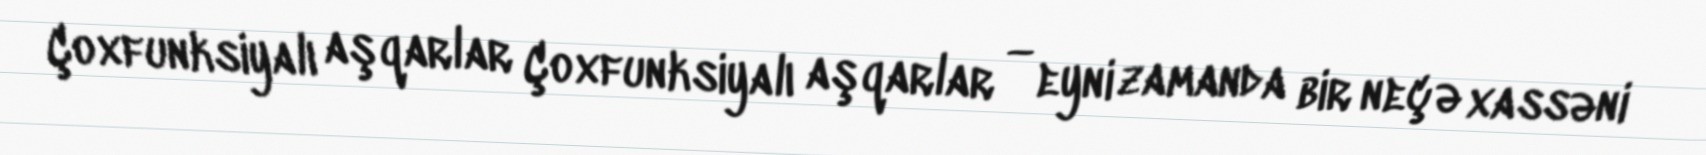
Çoxfunksiyalı aşqarlar Çoxfunksiyalı aşqarlar — eyni zamanda bir neçə xassəni